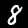
Digit: 8